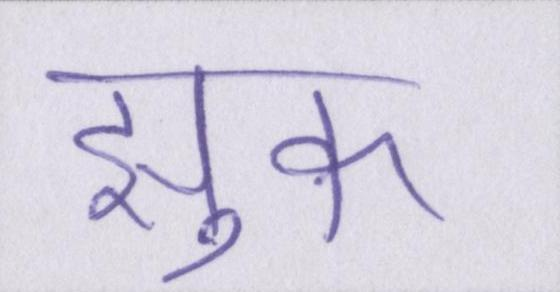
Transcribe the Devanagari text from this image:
झुक